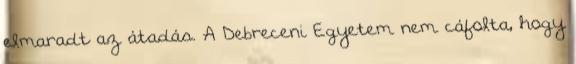
elmaradt az átadás. A Debreceni Egyetem nem cáfolta, hogy